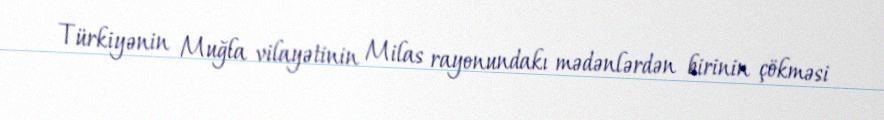
Türkiyənin Muğla vilayətinin Milas rayonundakı mədənlərdən birinin çökməsi